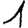
Digit: 1